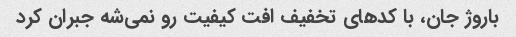
باروژ جان، با کدهای تخفیف افت کیفیت رو نمی‌شه جبران کرد